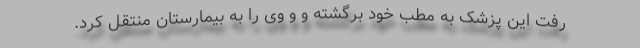
رفت این پزشک به مطب خود برگشته و و وی را به بیمارستان منتقل کرد.